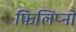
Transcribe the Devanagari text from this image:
फिलिप्नो